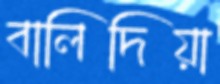
বালিদিয়া